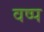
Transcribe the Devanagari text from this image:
वष्प